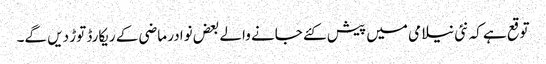
توقع ہے کہ نئی نیلامی میں پیش کئے جانے والے بعض نوادر ماضی کے ریکارڈ توڑ دیں گے۔